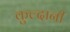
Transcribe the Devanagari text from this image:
कुल्दानी